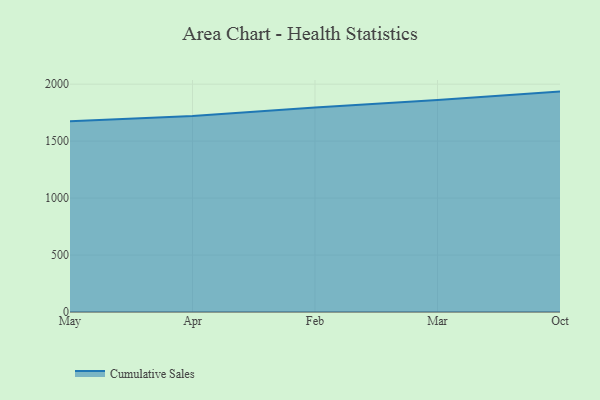
{"axis": {"x": "Month", "y": "Production Output"}, "legend": ["Cumulative Sales"], "data": [{"x": "May", "y": 1674.8, "type": "Cumulative Sales"}, {"x": "Apr", "y": 1720.4, "type": "Cumulative Sales"}, {"x": "Feb", "y": 1795.1, "type": "Cumulative Sales"}, {"x": "Mar", "y": 1861.1, "type": "Cumulative Sales"}, {"x": "Oct", "y": 1934.8, "type": "Cumulative Sales"}]}